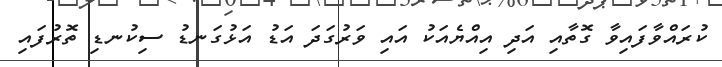
ކުރައްވާފައިވާ ގޮތާއި އަދި އިއްޔެއަކު އައި ވަރުގަދަ އަޑު އަޅުގަނޑު ސިކުނޑި ތޮރުފައި